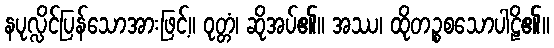
နပုလ္လိင်ပြန်သောအားဖြင့်။ ဝုတ္တံ၊ ဆိုအပ်၏။ အဿ၊ ထိုတဉ္စစသောပါဠိ၏။